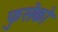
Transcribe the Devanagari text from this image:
फुसेको